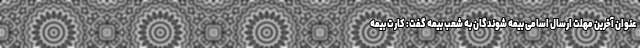
عنوان آخرین مهلت ارسال اسامی بیمه شوندگان به شعب بیمه گفت: کارت بیمه